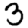
Digit: 3